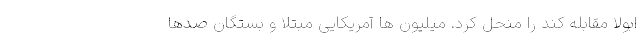
ابولا مقابله کند را منحل کرد. میلیون ها آمریکایی مبتلا و بستگان صدها